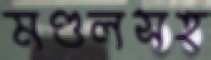
মণ্ডলসহ